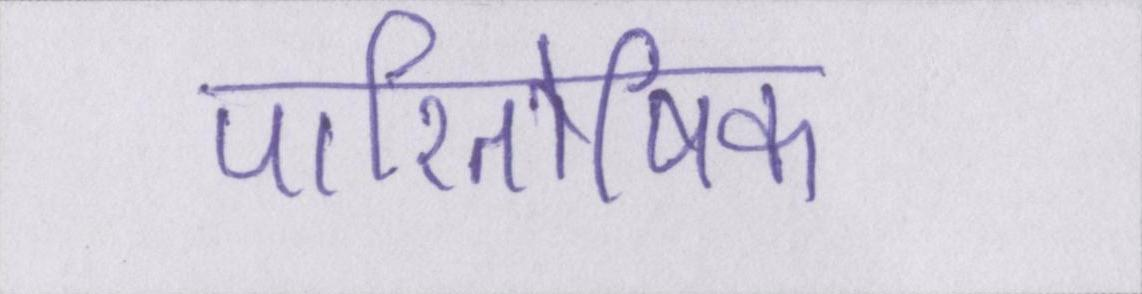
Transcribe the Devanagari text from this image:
पारितोषिक